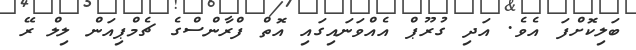
ބަލިކޮށްފަ އެވެ. އަދި ގުރޫޕް އެއްވަނައިގައި އޮތް ފްރާންސްގެ ޗެމްޕިއަން ލިލް ރޭ